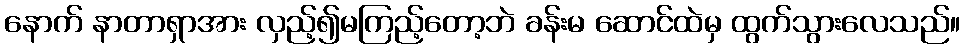
နောက် နာတာရှာအား လှည့်၍မကြည့်တော့ဘဲ ခန်းမ ဆောင်ထဲမှ ထွက်သွားလေသည်။